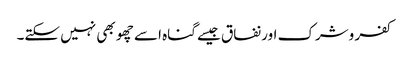
کفر وشرک اور نفاق جیسے گناہ اسے چھو بھی نہیں سکتے۔